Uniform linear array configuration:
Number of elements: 32
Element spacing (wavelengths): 0.75
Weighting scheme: blackman
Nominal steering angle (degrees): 15
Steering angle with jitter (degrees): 14.874
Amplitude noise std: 0.05
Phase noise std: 0.05

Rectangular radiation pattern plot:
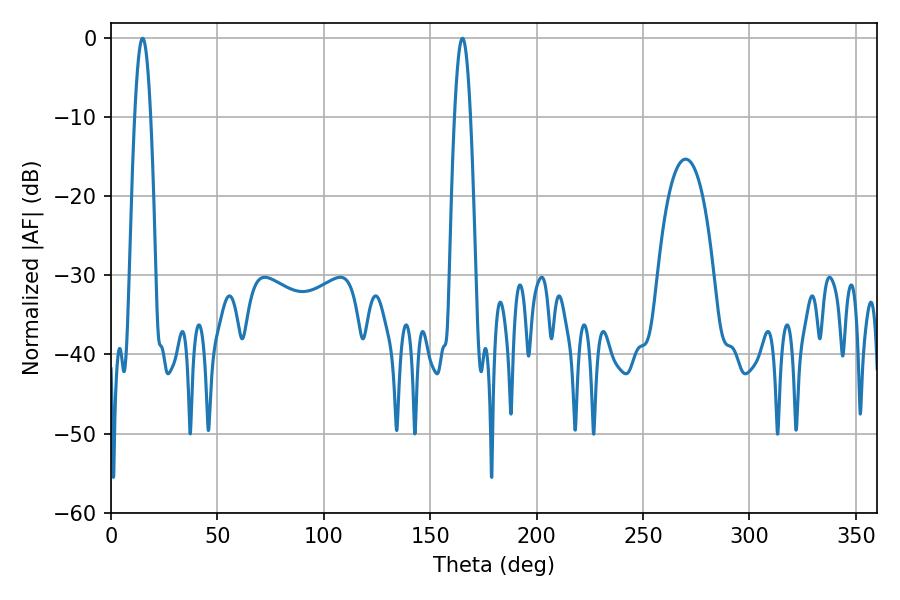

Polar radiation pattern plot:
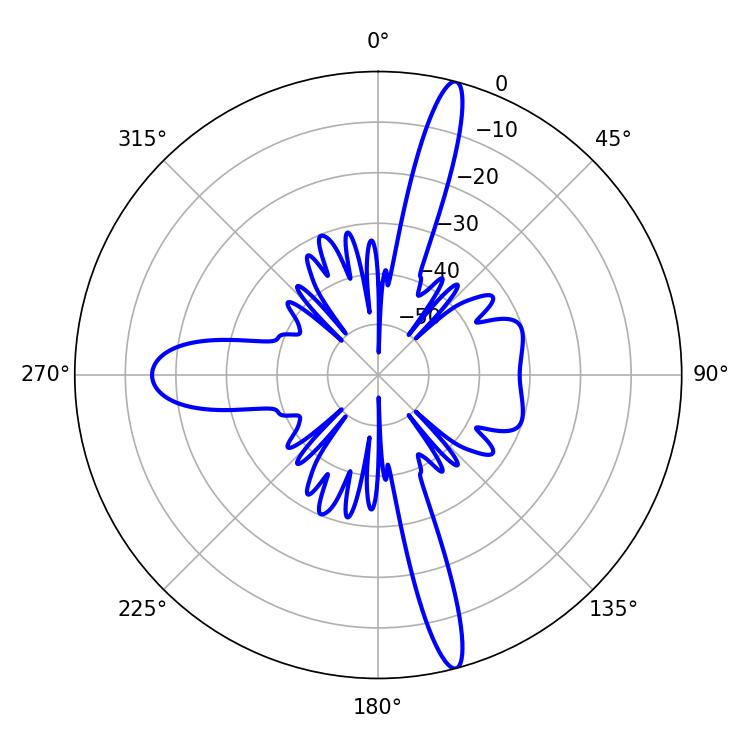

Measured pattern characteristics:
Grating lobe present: TRUE
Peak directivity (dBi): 17.741
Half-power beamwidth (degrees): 4.14
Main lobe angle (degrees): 165.06